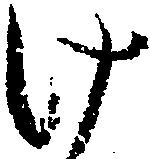
け